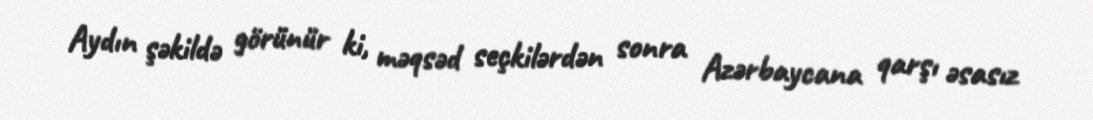
Aydın şəkildə görünür ki, məqsəd seçkilərdən sonra Azərbaycana qarşı əsasız